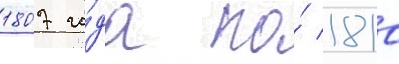
1807 го́да по́ 1810